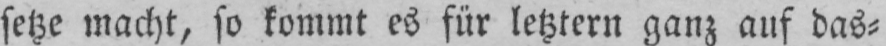
setze macht, so kommt es für letztern ganz auf das⸗